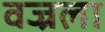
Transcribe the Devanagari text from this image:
वज्रला